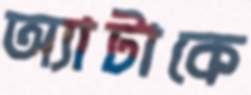
অ্যাটাকে